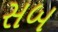
સબ